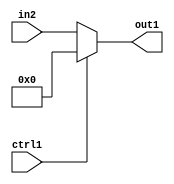
`timescale 1ps / 1ps
/*****************************************************************************
    Verilog RTL Description
    
    
    Created by: Stratus DpOpt 21.05.01 
*******************************************************************************/

module SobelFilter_N_Mux_32_2_1_4 (
	in2,
	ctrl1,
	out1
	); /* architecture "behavioural" */ 
input [31:0] in2;
input  ctrl1;
output [31:0] out1;
wire [31:0] asc001;

reg [31:0] asc001_tmp_0;
assign asc001 = asc001_tmp_0;
always @ (ctrl1 or in2) begin
	case (ctrl1)
		1'B1 : asc001_tmp_0 = 32'B00000000000000000000000000000000 ;
		default : asc001_tmp_0 = in2 ;
	endcase
end

assign out1 = asc001;
endmodule

/* CADENCE  uLf5Qws= : u9/ySxbfrwZIxEzHVQQV8Q== ** DO NOT EDIT THIS LINE ******/